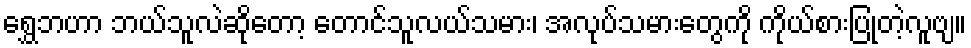
ရွှေဘဟာ ဘယ်သူလဲဆိုတော့ တောင်သူလယ်သမား၊ အလုပ်သမားတွေကို ကိုယ်စားပြုတဲ့လူဗျ။